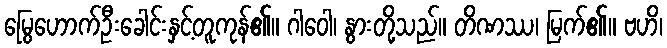
မြွေဟောက်ဦးခေါင်းနှင့်တူကုန်၏။ ဂါဝေါ၊ နွားတို့သည်။ တိဏဿ၊ မြက်၏။ ဗဟိ၊